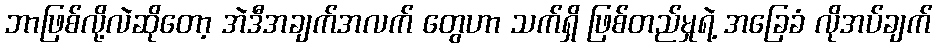
ဘာဖြစ်လို့လဲဆိုတော့ အဲဒီအချက်အလက် တွေဟာ သက်ရှိ ဖြစ်တည်မှုရဲ့ အခြေခံ လိုအပ်ချက်